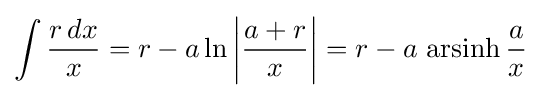
\int {\frac {r\,dx}{x}}=r-a\ln \left|{\frac {a+r}{x}}\right|=r-a\,\operatorname {arsinh} {\frac {a}{x}}